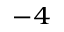
^ { - 4 }